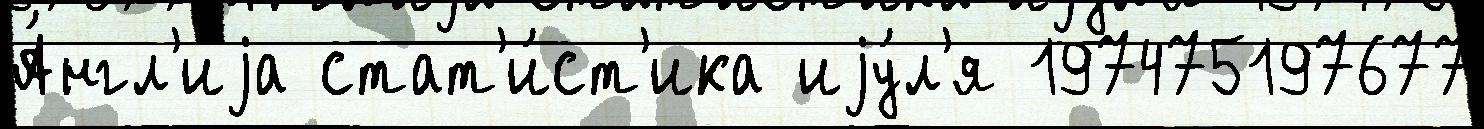
А́нгл'иjа стат'и́ст'ика иjу́л'я 197475197677